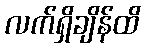
လက်ရှိချိန်ထိ